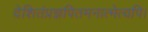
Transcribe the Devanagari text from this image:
देशितंप्रज्ञपितमनात्मेत्यपि।